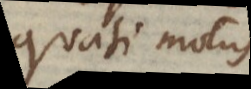
quasi motus